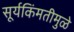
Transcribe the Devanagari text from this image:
सूर्यकिंमतीमुळे